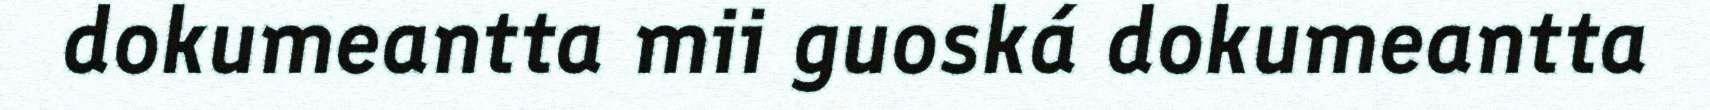
dokumeantta mii guoská dokumeantta